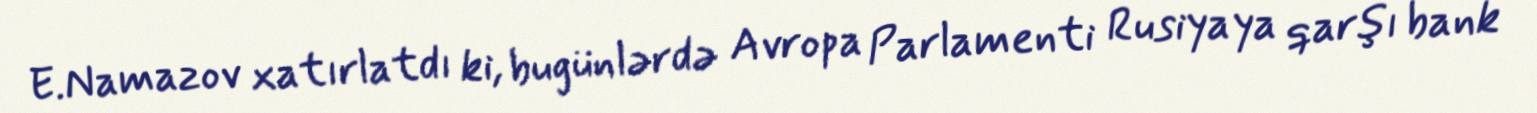
E.Namazov xatırlatdı ki, bugünlərdə Avropa Parlamenti Rusiyaya qarşı bank